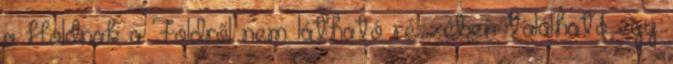
a Holdnak a Földről nem látható részében található egy